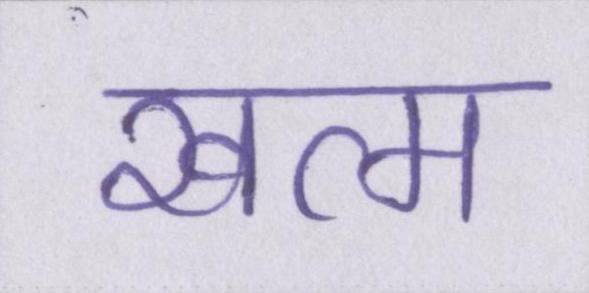
खत्म